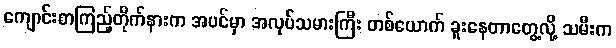
ကျောင်းစာကြည့်တိုက်နားက အပင်မှာ အလုပ်သမားကြီး တစ်ယောက် ခူးနေတာတွေ့လို့ သမီးက